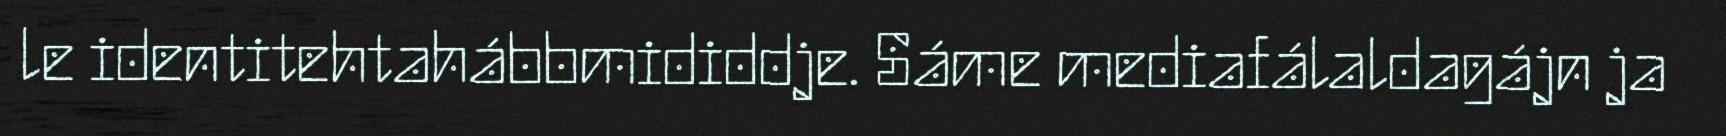
le identitehtahábbmididdje. Sáme mediafálaldagájn ja